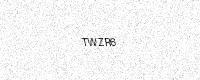
Text: TWZR6